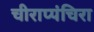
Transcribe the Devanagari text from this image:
चीराप्पंचिरा